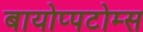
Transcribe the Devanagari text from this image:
बायोप्पटोम्स